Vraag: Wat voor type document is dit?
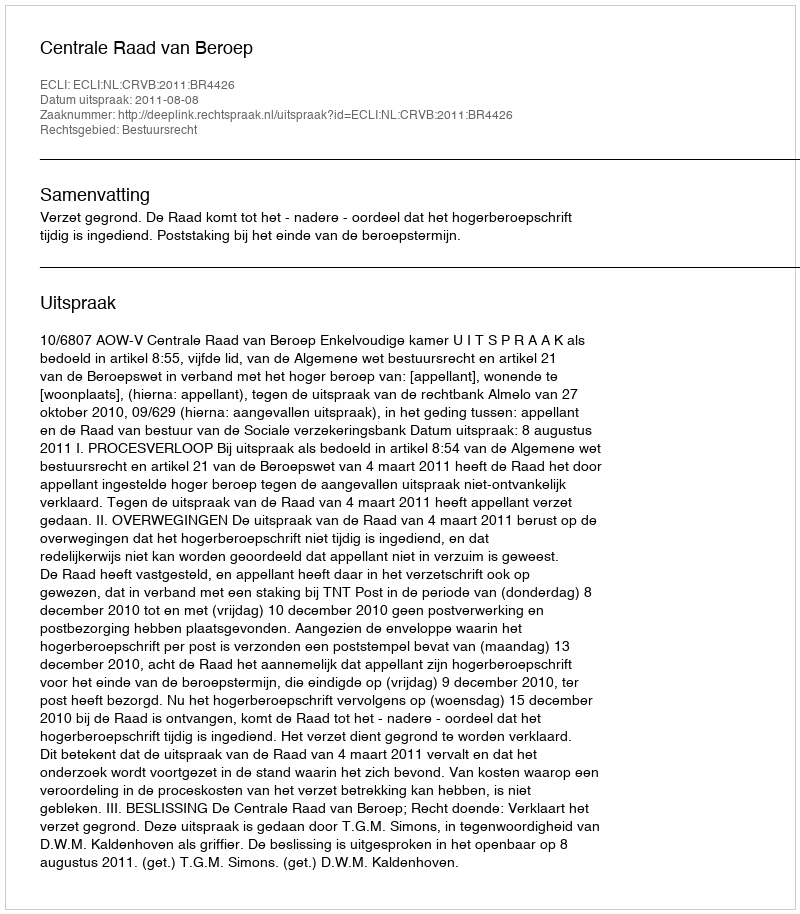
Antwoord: Uitspraak